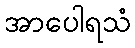
အာပေါရသံ